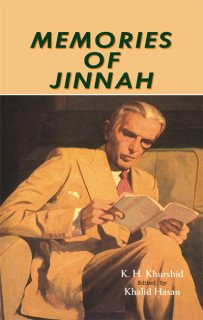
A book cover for Memories of Jinnah; K.H. Khurshid; History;